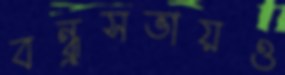
বন্ধুসভায়ও